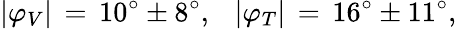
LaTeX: \vert\varphi_{V}\vert\, =\, 10^{\circ}\pm 8^{\circ},~~~\vert\varphi_{T}\vert\, =\, 16^{\circ}\pm 11^{\circ},